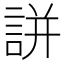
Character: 誁